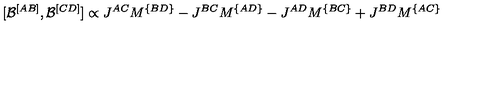
[ { \cal B } ^ { [ A B ] } , { \cal B } ^ { [ C D ] } ] \propto J ^ { A C } M ^ { \{ B D \} } - J ^ { B C } M ^ { \{ A D \} } - J ^ { A D } M ^ { \{ B C \} } + J ^ { B D } M ^ { \{ A C \} }